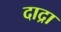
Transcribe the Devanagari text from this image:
दाद्रा